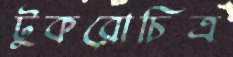
টুকরোচিত্র